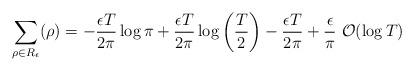
LaTeX: \begin{align*} \sum_{\rho\in R_\epsilon} (\rho)= -\frac{\epsilon T}{2\pi }\log \pi + \frac{\epsilon T}{2\pi}\log \left(\frac{T}{2}\right) -\frac{\epsilon T}{2\pi} +\frac{\epsilon}{\pi}\ \mathcal{O}(\log T)\end{align*}